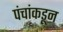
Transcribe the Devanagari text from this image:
पंचांकडून